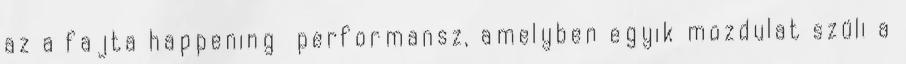
az a fajta happening performansz, amelyben egyik mozdulat szüli a